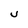
Character: U